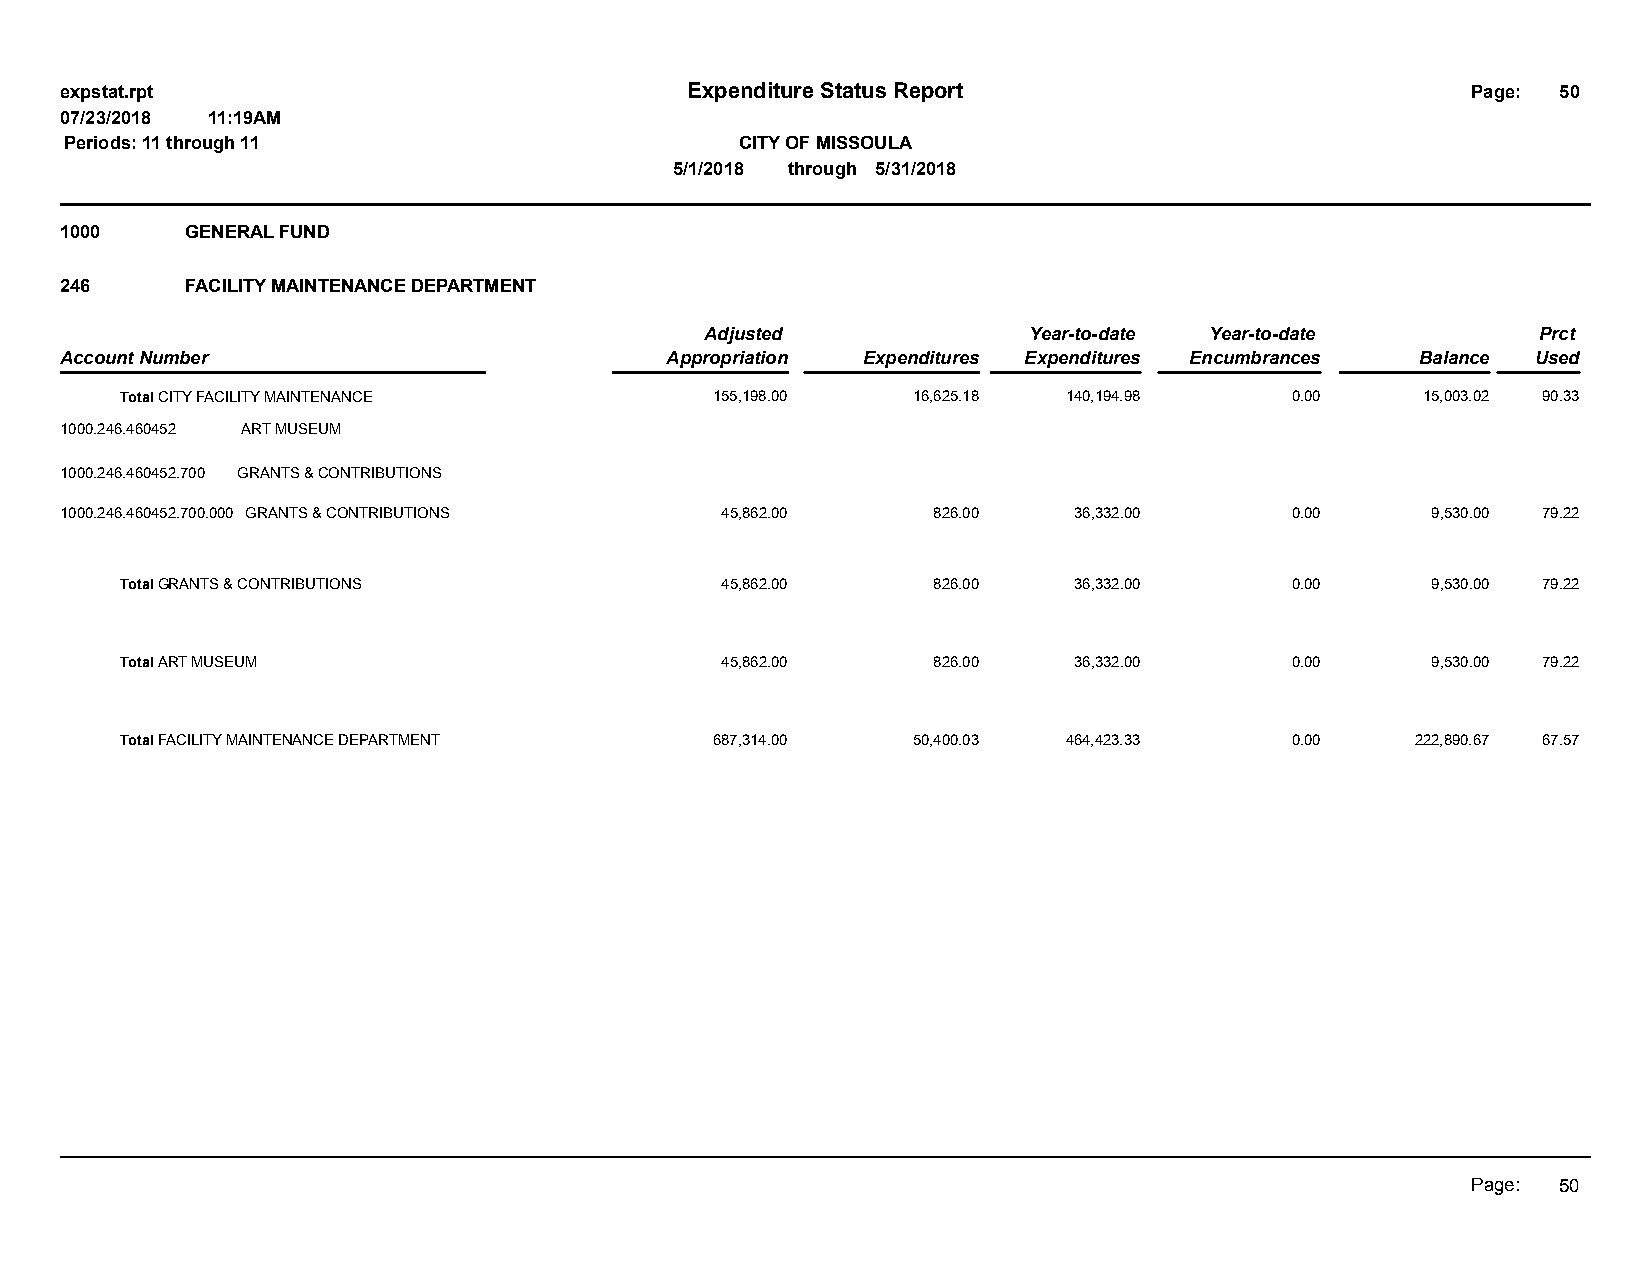
expstat.rpt                              Expenditure Status Report                           Page: 50
 07/23/2018 11:19AM
 Periods: 11 through 11                       CITY OF MISSOULA
 5/1/2018 through 5/31/2018
 1000    GENERAL FUND
 246     FACILITY MAINTENANCE DEPARTMENT
 Adjusted             Year-to-date Year-to-date         Prct
 Account Number                          Appropriation Expenditures Expenditures Encumbrances Balance Used
 Total CITY FACILITY MAINTENANCE        155,198.00   16,625.18  140,194.98    0.00     15,003.02 90.33
 1000.246.460452 ART MUSEUM
 1000.246.460452.700 GRANTS & CONTRIBUTIONS
 1000.246.460452.700.000 GRANTS & CONTRIBUTIONS 45,862.00  826.00   36,332.00     0.00      9,530.00 79.22
 Total GRANTS & CONTRIBUTIONS            45,862.00     826.00   36,332.00     0.00      9,530.00 79.22
 Total ART MUSEUM                        45,862.00     826.00   36,332.00     0.00      9,530.00 79.22
 Total FACILITY MAINTENANCE DEPARTMENT  687,314.00   50,400.03  464,423.33    0.00     222,890.67 67.57
 Page: 50